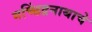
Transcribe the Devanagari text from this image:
मच्छिंद्रनाथाचे